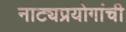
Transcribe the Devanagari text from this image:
नाट्यप्रयोगांची